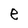
Character: e